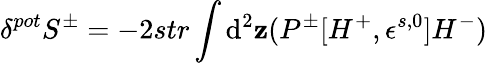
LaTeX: \delta^{pot}S^{\pm}=-2str\int\mathrm{d}^{2}\mathbf{z}(P^{\pm}[H^{+},\epsilon^{s,0}]H^{-})